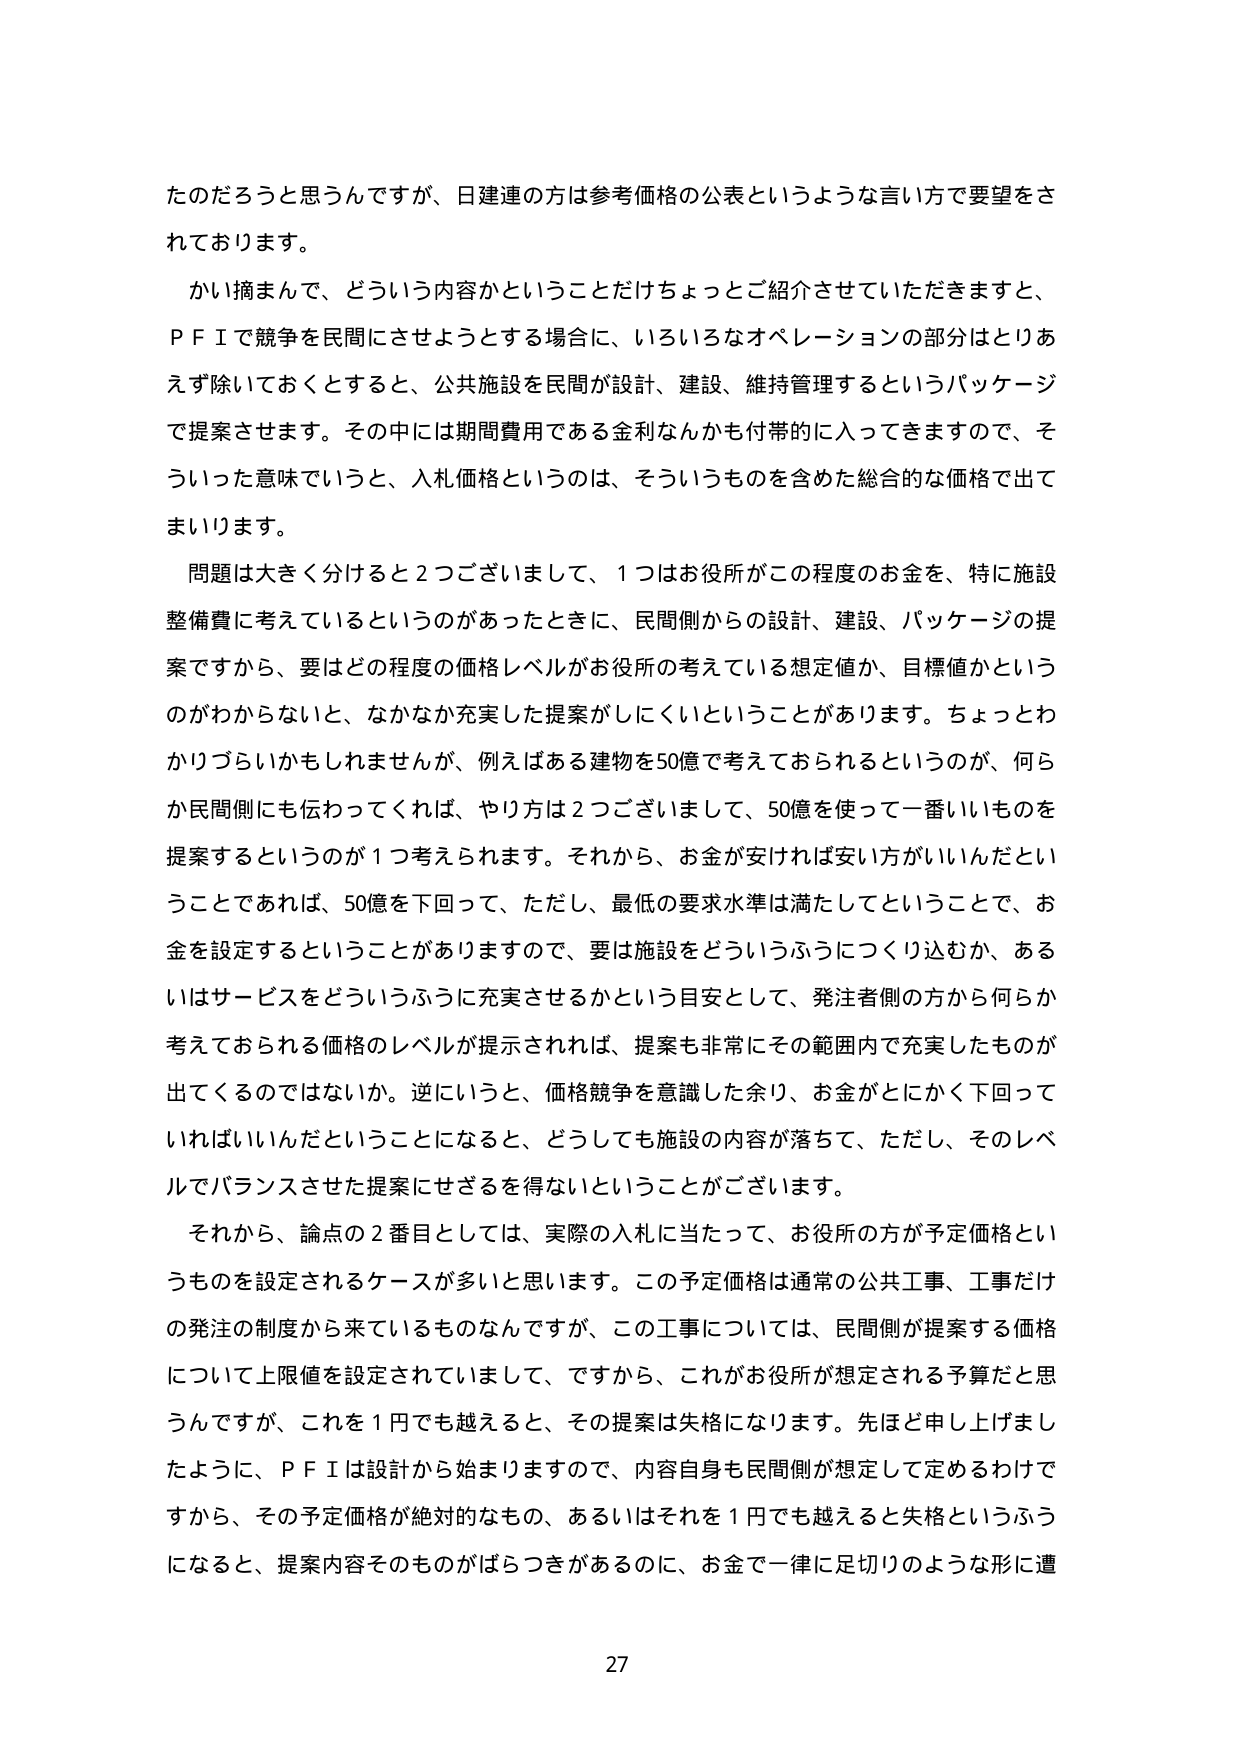
たのだろうと思うんですが、日建連の方は参考価格の公表というような言い方で要望をされております。

かい摘まんで、どういう内容かということだけちょっとご紹介させていただきますと、ＰＦＩで競争を民間にさせようとする場合に、いろいろなオペレーションの部分はとりあえず除いておくとすると、公共施設を民間が設計、建設、維持管理するというパッケージで提案させます。その中には期間費用である金利なんかも付帯に入ってきますので、そういった意味でいうと、入札価格というのは、そういうものを含めた総合的な価格で出てまいります。

問題は大きく分けると２つございまして、１つはお役所がこの程度のお金を、特に施設整備費に考えているというのがあったときに、民間側からの設計、建設、パッケージの提案ですから、要はどの程度の価格レベルがお役所の考えている想定値か、目標値かというのがわからないと、なかなか充実した提案がしにくいということがあります。ちょっとわかりづらいかもしれませんが、例えばある建物を50億で考えておられるというのが、何らか民間側にも伝わってくれば、やり方は２つございまして、50億を使って一番いいものを提案するというのが１つ考えられます。それから、お金が安ければ安い方がいいんだということでであれば、50億を下回って、ただし、最低の要求水準は満たしてということで、お金を設定するということがありますので、要は施設をどういうふうにつくり込むか、あるいはサービスをどういうふうに充実させるかという目安として、発注者側の方から何らか考えておられる価格のレベルが提示されれば、提案も非常にその範囲内で充実したものが出てくるのではないでしょうか。逆にいうと、価格競争を意識した余り、お金がとにかく下回っていればいいんだということになると、どうしても施設の内容が落ちて、ただし、そのレベルでバランスさせた提案にせざるを得ないということがございます。

それから、論点の２番目としては、実際の入札に当たって、お役所の方が予定価格というもの設定されるケースが多いと思います。この予定価格は通常の公共工事、工事だけの発注の制度から来ているものなんですが、この工事については、民間側が提案する価格について上限値を設定されていまして、ですから、これがお役所が想定される予算だと思うんですが、これを１円でも越えると、その提案は失格になります。先ほど申し上げましたように、ＰＦＩは設計から始まりますので、内容自身も民間側が想定して定めるわけですから、その予定価格が絶対的なもの、あるいはそれを１円でも越えると失格というふうになると、提案内容そのものがばらつきがあるのに、お金で一律に足切りのような形に遭

27